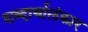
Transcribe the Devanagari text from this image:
शब्दार्थालंकार